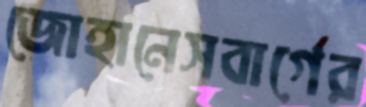
জোহানেসবার্গের